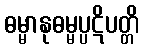
ဓမ္မာနုဓမ္မပ္ပဋိပတ္တိ